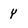
Character: Y